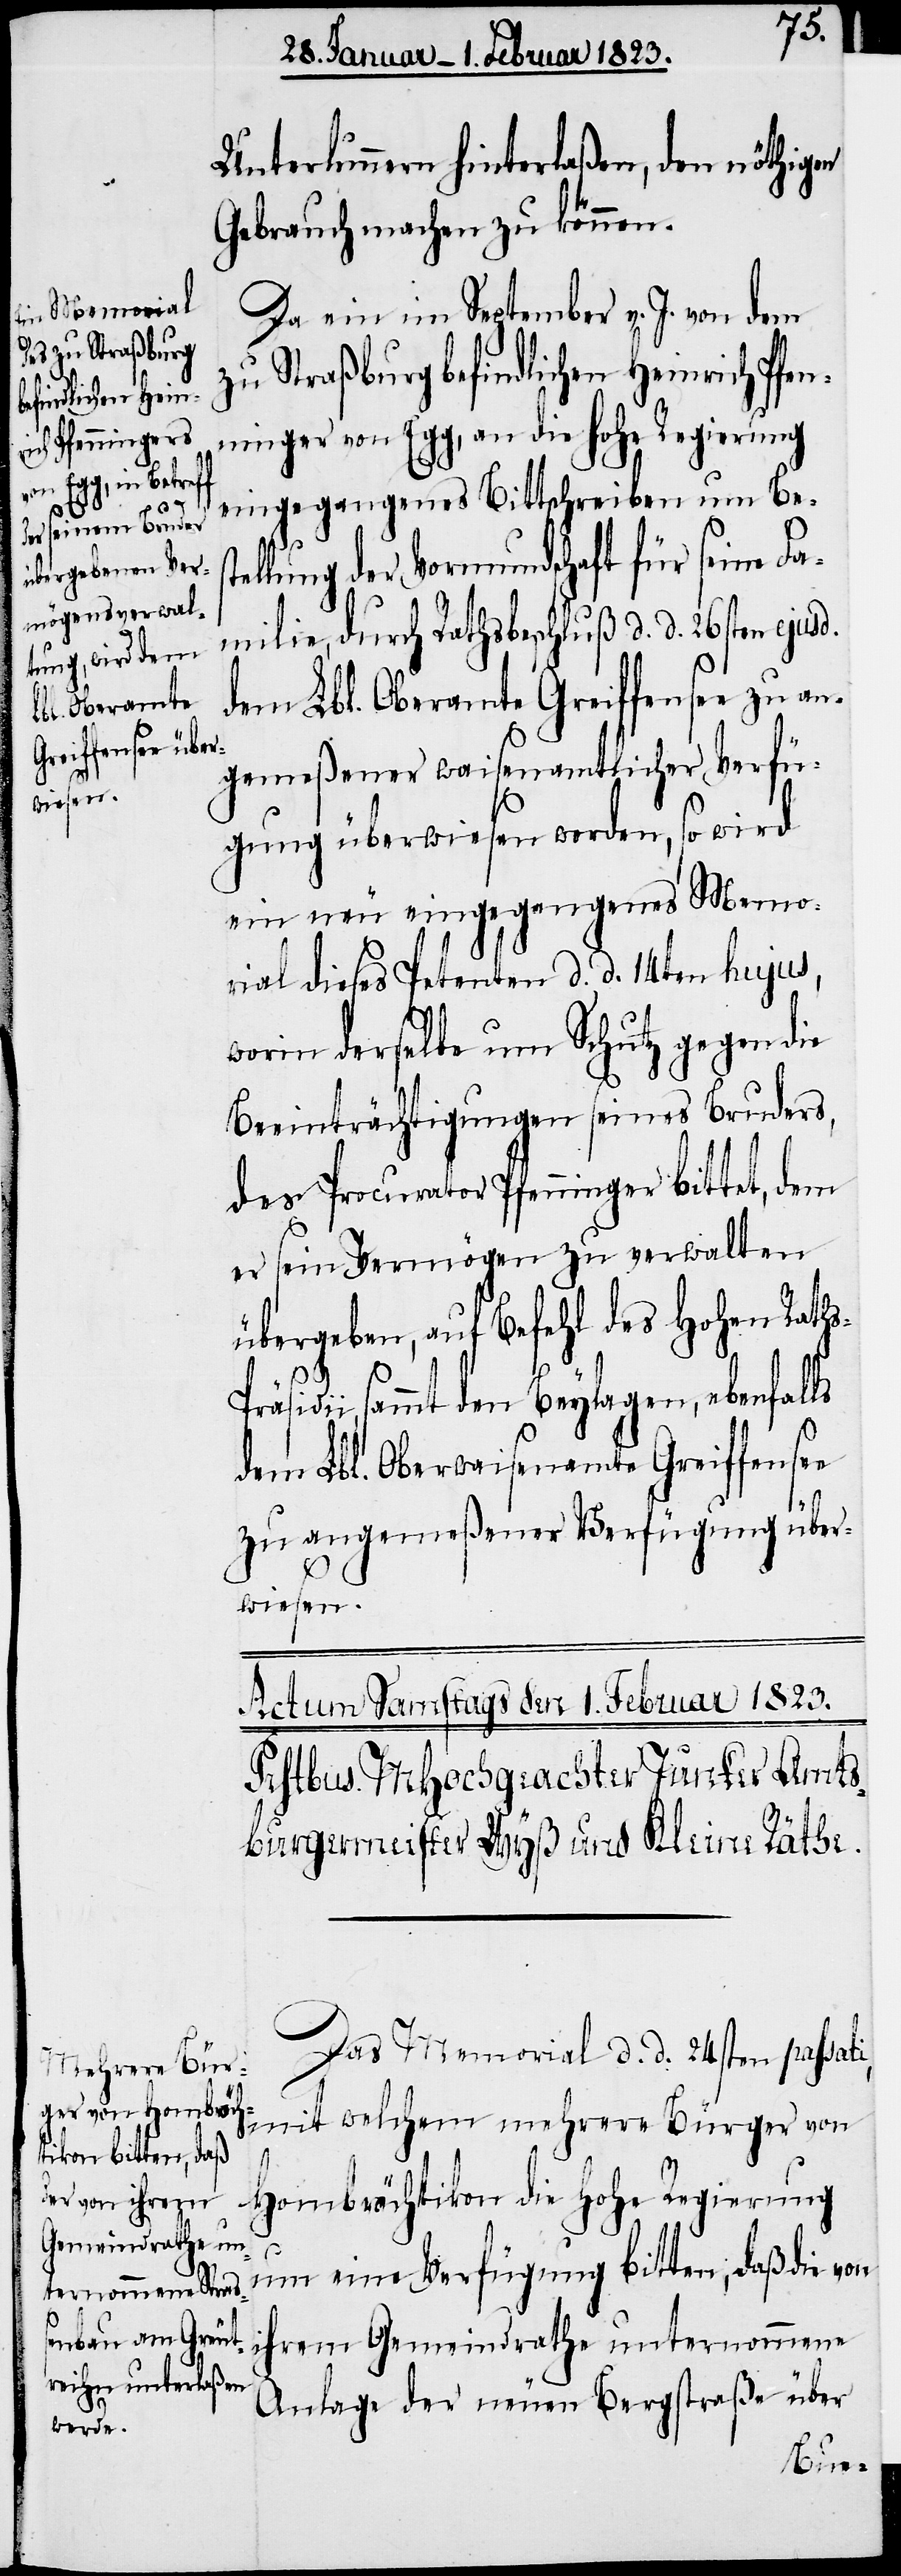
Unterlunnern hinterlaßen, den nöthigen
Gebrauch machen zu können.
Da ein im September v. J. von dem
zu Straßburg befindlichen Heinrich Pfen¬
ninger von Egg, an die hohe Regierung
eingegangenes Bittschreiben um Be¬
s-Prä¬
ellung der Vormundschaft für seine Fa¬
milie, durch Rathsbeschluß d. d. 26sten ejusd.
dem Lbl. Oberamte Greiffensee zu an¬
gemeßener waisenamtlicher Verfü¬
gung überwiesen worden, so wird
ein neu eingegangenes Memo¬
rial dieses Petenten d. d. 14ten hujus,
worin derselbe um Schutz gegen die
Beeinträchtigungen seines Bruders,
des Procurator Pfenninger bittet, dem
er sein Vermögen zu verwalten
übergeben, auf Befehl des Hohen Rath¬
sidii, sammt den Beylagen, ebenfalls
dem Lbl. Oberwaisenamte Greiffensee
zu angemeßener Verfügung über¬
wiesen.
Befehl MsHochgeachten Junker
Das Memorial d. d. 24sten passati,
mit welchem mehrere Bürger von
Hombrächtikon die Hohe Regierung
um eine Verfügung bitten, daß die von
ihrem Gemeindrathe unternommene
Anlage der neuen Bergstraße über